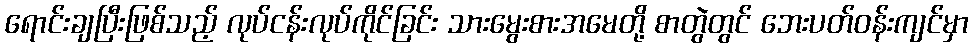
ရောင်းချပြီးဖြစ်သည့် လုပ်ငန်းလုပ်ကိုင်ခြင်း သားမွေးစားအမေတို့ စာတွဲတွင် ဘေးပတ်ဝန်းကျင်မှာ